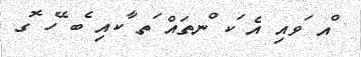
ްއ ަވއި އެ ަކ ްނތައް ަތ ާކއި ެބ ޭހ ޮގ